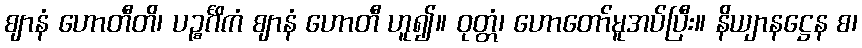
ဈာနံ ဟောတီတိ၊ ပဉ္စင်္ဂိကံ ဈာနံ ဟောတီ ဟူ၍။ ဝုတ္တံ၊ ဟောတော်မူအပ်ပြီး။ နိယျာနဋ္ဌေန စ၊